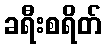
ခရီးစရိတ်